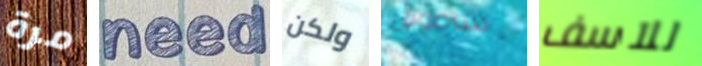
مرة need ولكن سامويل للآسف